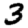
Digit: 3